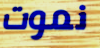
نموت